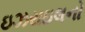
ઇઝરાઇલનો